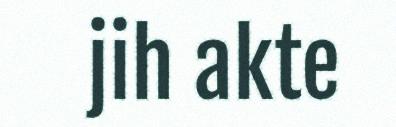
jih akte